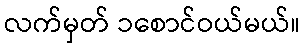
လက်မှတ် ၁စောင်ဝယ်မယ်။